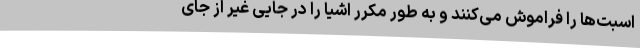
اسبت‌ها را فراموش می‌کنند و به طور مکرر اشیا را در جایی غیر از جای